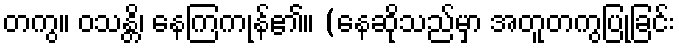
တကွ။ ဝသန္တိ၊ နေကြကုန်၏။ (နေဆိုသည်မှာ အတူတကွပြုခြင်း